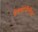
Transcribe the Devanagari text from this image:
देवयानीतील